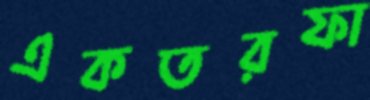
একতরফা